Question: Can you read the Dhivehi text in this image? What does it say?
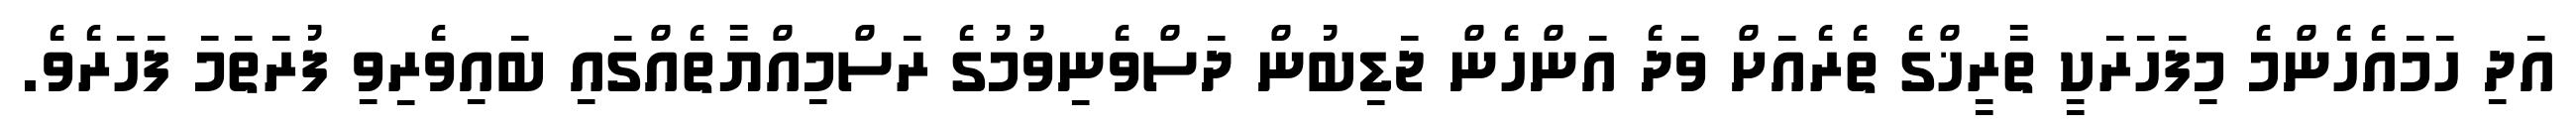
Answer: އަދި ހަމައެހެންމެ މިފަހަރަކީ ތާރީޚްގެ ތެރެއަށް ވަދެ އަންހެން ޖަޑިބުން ދަސްވެނިވުމުގެ ރަސްމިއްޔާތެއްގައި ބައިވެރިވި ފުރަތަމަ ފަހަރެވެ.